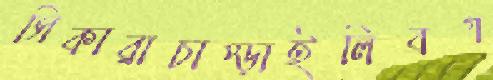
সিকারাচাপ্‌ড়াইলিবগ